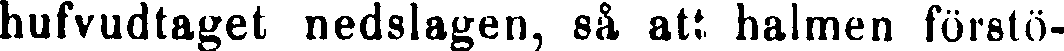
hufvudtaget nedslagen, så att halmen förstö-